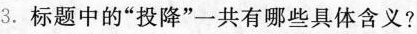
3. 标题中的“投降”一共有哪些具体含义？